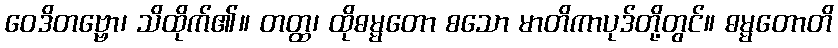
ဝေဒိတဗ္ဗော၊ သိထိုက်၏။ တတ္ထ၊ ထိုဓမ္မတော စသော မာတိကာပုဒ်တို့တွင်။ ဓမ္မတောတိ